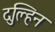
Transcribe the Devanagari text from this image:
दुल्हिन